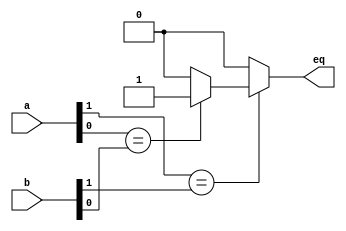
module comparator(input signed [1:0] a, input signed [1:0] b, output eq);
assign eq =(a[1]==b[1])?( (a[0]==b[0])?1:0 ): 0;
endmodule